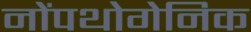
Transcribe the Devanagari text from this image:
नोंपथोगेनिक